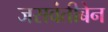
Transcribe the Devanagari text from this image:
जसवंतीबेन